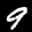
Label: 9